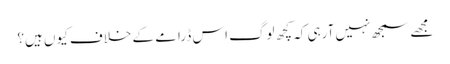
مجھے سمجھ نہیں آرہی کہ کچھ لوگ اس ڈرامے کے خلاف کیوں ہیں؟